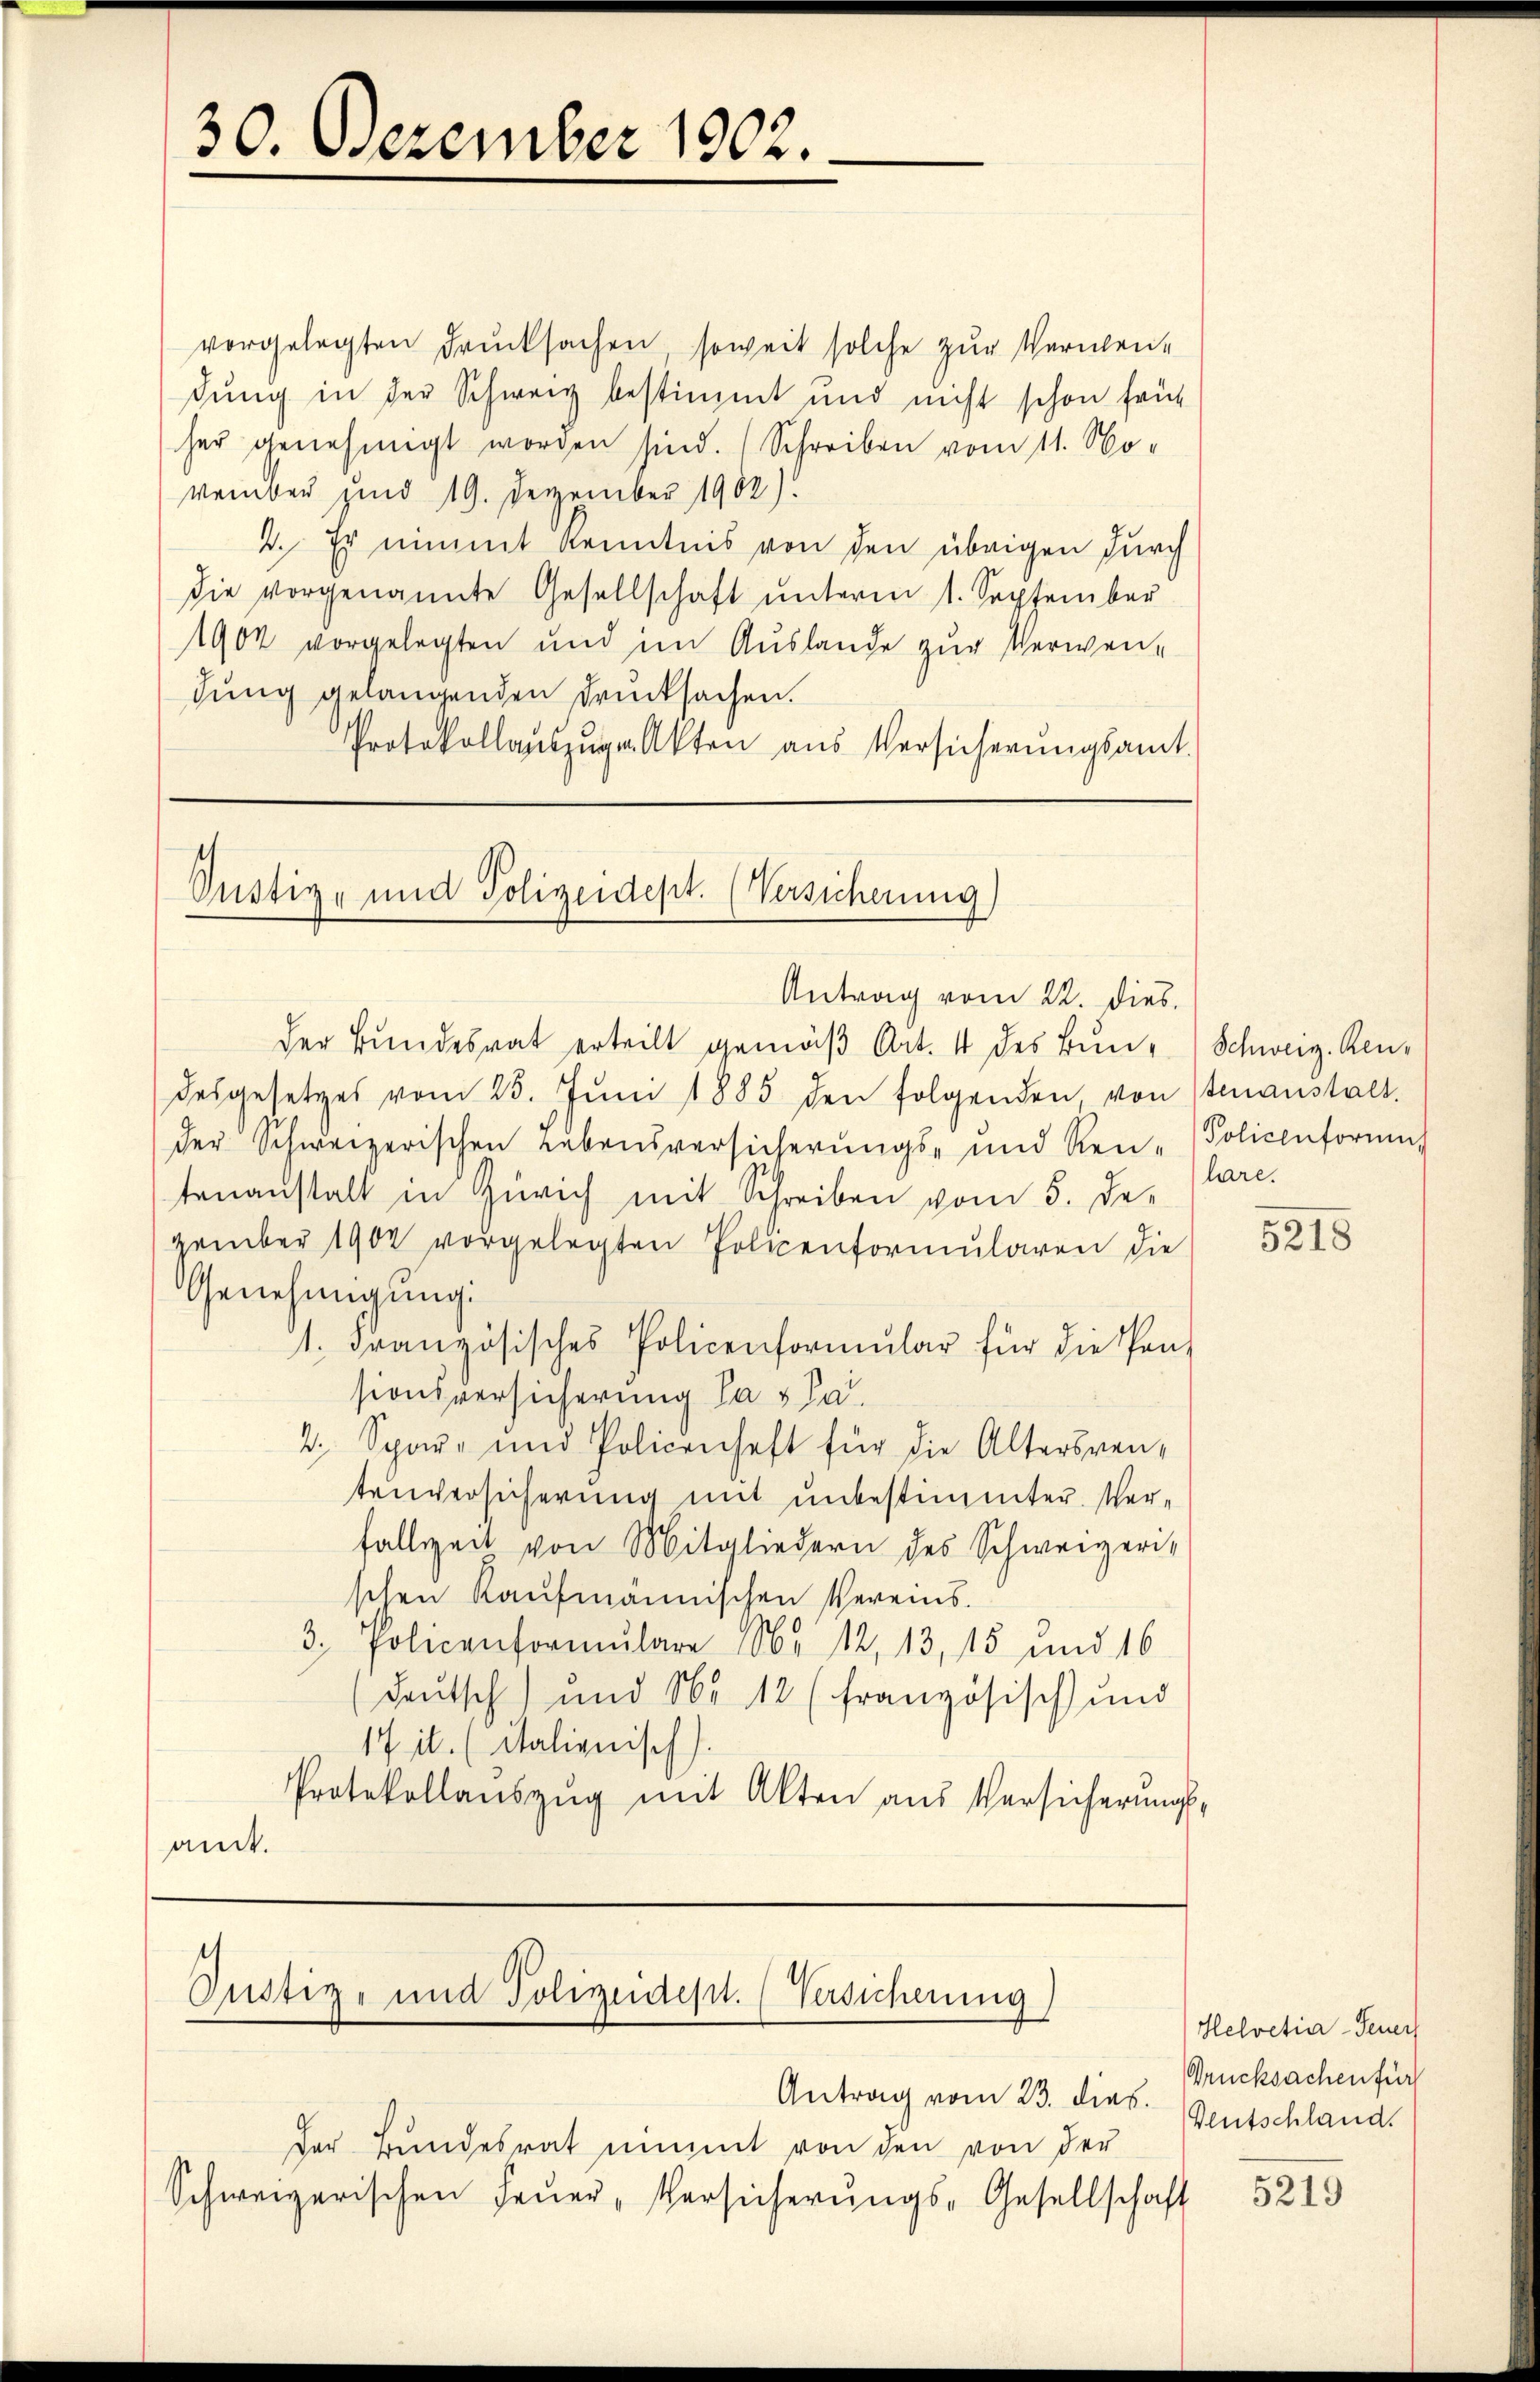
30. Dezember 1902.

vorgelegten Drucksachen, soweit solche zur Verübendung in der Schweiz bestimmt und nicht schon früh
her genehmigt worden sind. Schreiben vom 11. No-
vember sind 19. Dezember 1902).
2. Er nimmt Kenntnis von den übrigen durch
die vorgenannte Gesellschaft ŭnterm 1. September
1904 vorgelegten und im Auslande zur Verwendung gelangenden Drucksachen.
Protokollaŭszŭgen Akten aus Versicherŭngsamt.

Pustiz- und Polizeidept. (Versicherung)
Antrag vom 22. dies

Justiz- und Polizeidept. (Versicherung

Antrag vom 23. dies
der Bundesrat nimmt von den von der
Schweizerischen Feŭer-Versicherungs-Gesellschaft

der Bundesrat erteilt gemäβ Art. 4 des Bun- Schweiz. Rendesgesetzes vom 25. Jŭni 1885 den folgenden, von stenanstalt.
der Schweizerischen Lebensversicherungs- und Ren-Policenforme
tenanstalt in Zürich mit Schreiben vom 5. De-
zember 1902 vorgelegten Policenformularen die
Genehmigung:
1. Französisches Policenformular für die Pen-
sionsversicherung das Pa
2. Spar- und Policenhaft für die Altersrentenversicherung mit unbestimmter Verfallseit von Mitgliedern des Schweizeri-
schen Kaufmännischen Vereins¬
3. Policenformulare S. 12, 13, 15 und 16
Deutsch) und Nr 12 (französisch und
17 il. (italienisch).
Protokollaŭszŭg mit Alten aus Versicherŭngs-
amt.

hre.

Helvetia-Feuer
Drucksachen für
Deutschland.

5218

5219